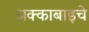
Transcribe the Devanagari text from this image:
अक्काबाइचे